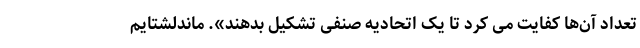
تعداد آن‌ها کفایت می‌ کرد تا یک اتحادیه صنفی تشکیل بدهند». ماندلشتایم